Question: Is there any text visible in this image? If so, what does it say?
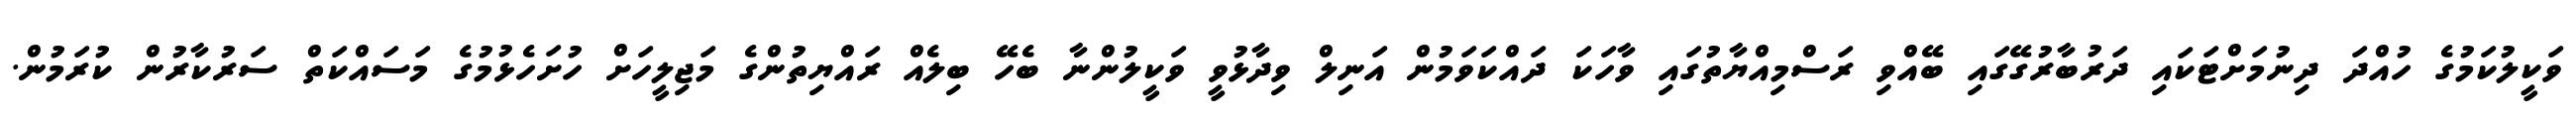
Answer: ވަކީލުކަމުގެ ހުއްދަ ދިނުމަށްޓަކައި ދަރުބާރުގޭގައި ބޭއްވި ރަސްމިއްޔާތުގައި ވާހަކަ ދައްކަވަމުން އަނިލް ވިދާޅުވީ ވަކީލުންނާ ބެހޭ ބިލެއް ރައްޔިތުންގެ މަޖިލީހަށް ހުށަހެޅުމުގެ މަސައްކަތް ސަރުކާރުން ކުރަމުން.